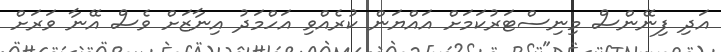
އަދި ފިނޭންސް މިނިސްޓަރުކަމަށް އައްޔަން ކުރެއްވި އަހްމަދު އިނާޒަށް ވެސް އޭނާ ވަރަށް